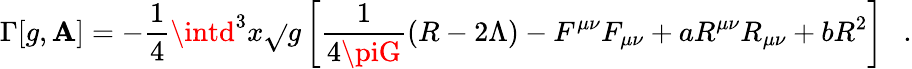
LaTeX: \Gamma[g,\mathbf{A}]=-\frac{1}{4}\intd^{3}x\sqrt{}{{g}}\left[{\frac{{1}}{{4\piG}}}(R-2\Lambda)-F^{\mu\nu}F_{\mu\nu}+aR^{\mu\nu}R_{\mu\nu}+bR^{2}\right]~~~.